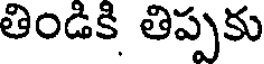
తిండికి తిప్పకు